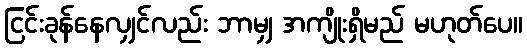
ငြင်းခုန်နေလျှင်လည်း ဘာမျှ အကျိုးရှိမည် မဟုတ်ပေ။